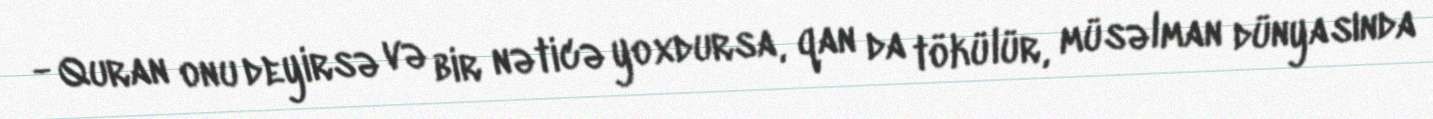
- Quran onu deyirsə və bir nəticə yoxdursa, qan da tökülür, müsəlman dünyasında